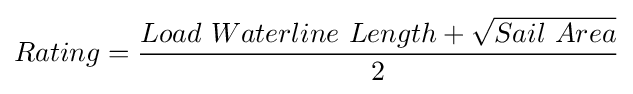
Rating={\frac {Load\ Waterline\ Length+{\sqrt {Sail\ Area}}}{2}}